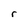
Character: r